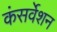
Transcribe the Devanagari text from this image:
कंसर्वेशन